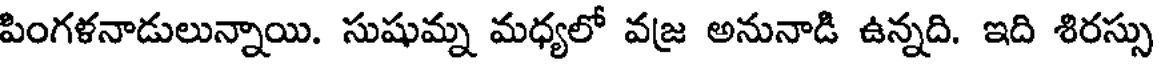
పింగళనాడులున్నాయి. సుషుమ్న మధ్యలో వజ అనునాడి ఉన్నది. ఇది శిరస్సు